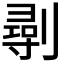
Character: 𠟢